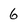
Character: 6